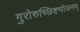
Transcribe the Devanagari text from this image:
गुरोरुच्छिष्टभोजनम्